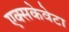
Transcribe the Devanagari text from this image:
एक्सकेवेटा